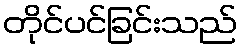
တိုင်ပင်ခြင်းသည်